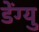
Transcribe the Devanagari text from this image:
डेंग्यु